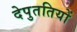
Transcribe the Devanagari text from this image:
देपुततियों